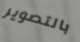
بالتصوير